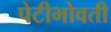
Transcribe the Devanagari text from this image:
पेटीभोवती